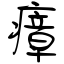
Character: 瘴